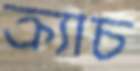
ক্র্যাচ